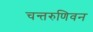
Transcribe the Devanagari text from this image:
चन्तरुणिवन